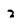
Character: z